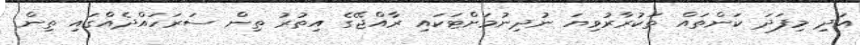
އަދި މިފަދަ ކަންތައް ތަކުރާރުވިޔަ ނުދިނުމަށްޓަކައި ރާއްޖޭގެ އިތުރު ތިން ސަރަހައްދެއްގައި ތިން